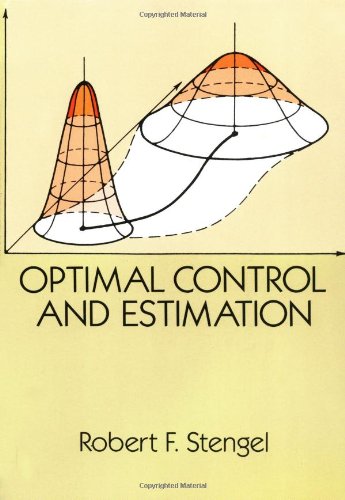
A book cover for Optimal Control and Estimation (Dover Books on Mathematics); Robert F. Stengel; Computers & Technology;